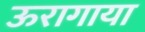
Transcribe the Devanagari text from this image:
ऊरागाया